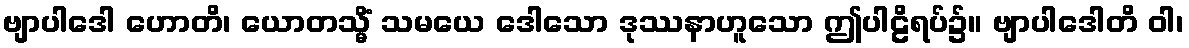
ဗျာပါဒေါ ဟောတိ၊ ယောတသ္မိံ သမယေ ဒေါသော ဒုဿနာဟူသော ဤပါဠိရပ်၌။ ဗျာပါဒေါတိ ဝါ၊